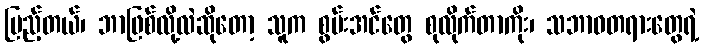
ပြည့်တယ်၊ ဘာဖြစ်လို့လဲဆိုတော့ သူက စွမ်းအင်တွေ စုလိုက်တာကိုး၊ သဘာဝတရားတွေရဲ့